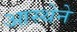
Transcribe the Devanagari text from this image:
आस्‍थेने